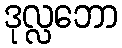
ဒုလ္လဘော